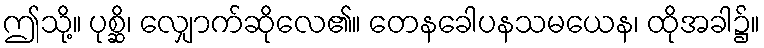
ဤသို့။ ပုစ္ဆိ၊ လျှောက်ဆိုလေ၏။ တေနခေါပနသမယေန၊ ထိုအခါ၌။